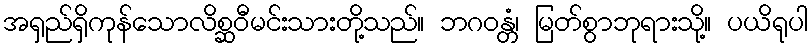
အရှည်ရှိကုန်သောလိစ္ဆဝီမင်းသားတို့သည်။ ဘဂဝန္တံ၊ မြတ်စွာဘုရားသို့။ ပယိရုပါ